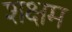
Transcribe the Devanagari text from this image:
शक्षम